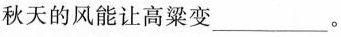
秋天的风能让高粱变___。